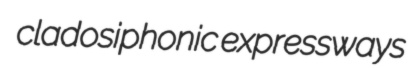
cladosiphonic expressways